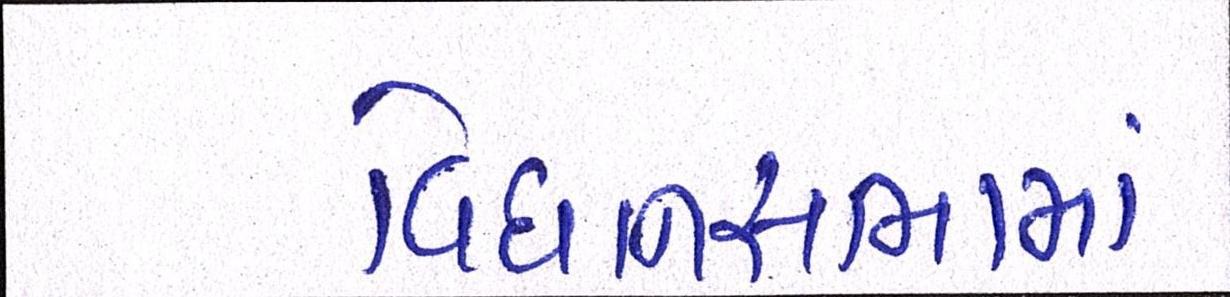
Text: વિધાનસભામાં